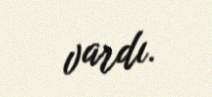
vardı.